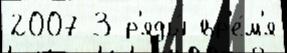
2007 3 р'яды́ вр'е́м'я